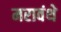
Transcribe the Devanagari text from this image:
मरावंथे